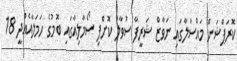
ކޮރަޕްޝަން މައްސަލާގައި ނަވާޒް ޝަރީފާ ސުވާލު ކޮށްފި ސޯމާލިއާގައި ބޮމުގެ ހަމަލާއެއްދީ 18